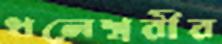
ধলেশ্বরীর